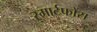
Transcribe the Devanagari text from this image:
स्मार्टफोंस